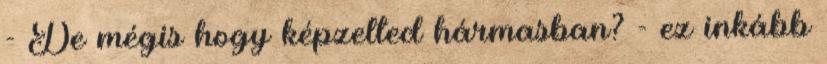
- De mégis hogy képzelted hármasban? - ez inkább